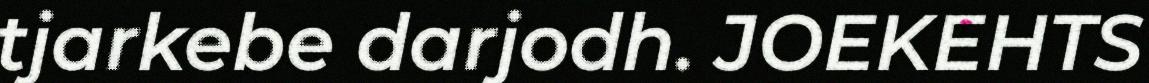
tjarkebe darjodh. JOEKEHTS